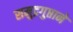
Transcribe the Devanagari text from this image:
समुद्रगुप्ताने